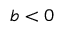
b < 0